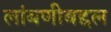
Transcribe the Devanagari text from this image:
लांबणीबद्दल